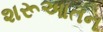
શરૂઆતન